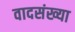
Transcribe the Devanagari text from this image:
वादसंख्या